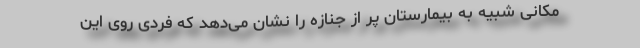
مکانی شبیه به بیمارستان پر از جنازه را نشان می‌دهد که فردی روی این